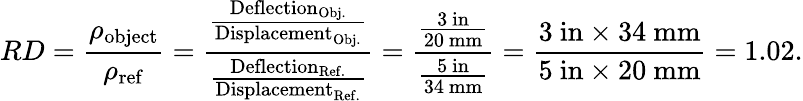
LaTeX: RD={\frac{\rho_{\mathrm{object}}}{\rho_{\mathrm{ref}}}}={\frac{\frac{{\mathrm{Deflection}}_{\mathrm{Obj.}}}{{\mathrm{Displacement}}_{\mathrm{Obj.}}}}{\frac{{\mathrm{Deflection}}_{\mathrm{Ref.}}}{{\mathrm{Displacement}}_{\mathrm{Ref.}}}}}={\frac{\frac{3\ \mathrm{in}}{20\ \mathrm{mm}}}{\frac{5\ \mathrm{in}}{34\ \mathrm{mm}}}}={\frac{3\ \mathrm{in}\times 34\ \mathrm{mm}}{5\ \mathrm{in}\times 20\ \mathrm{mm}}}=1.02.